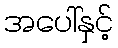
အပေါ်နှင့်